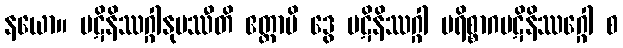
နယော။ ပဋိနိဿဂ္ဂါနုပဿီတိ ဧတ္ထာပိ ဒွေ ပဋိနိဿဂ္ဂါ ပရိစ္စာဂပဋိနိဿဂ္ဂေါ စ